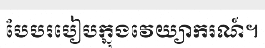
បែបរបៀបក្នុងវេយ្យាករណ៍។